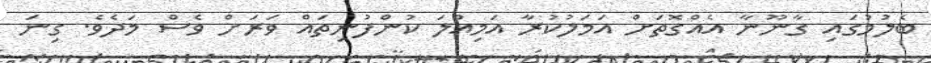
ބެލުމުގައި ގާނޫނާ އެއްގޮތަށް އަމަލުކުރާ އަމިއްލަ ކުންފުނިތައް ވަރަށް ވެސް މަދެވެ. ގިނަ